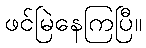
ဖင်မြဲနေကြပြီ။